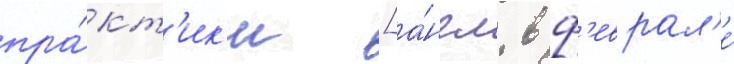
пра́кт'ик'и [а́нгл. в ф'еврал'е́